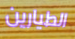
الطيارين